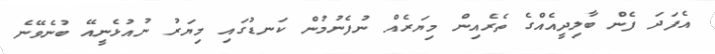
އެފަދަ ފެން ބާލިދީއެއްގެ ތެރެއިން މިޔަރެއް ނުފެނުމުން ކަނޑުގައި މިޔަރު ނުއުޅެނީއޭ ބުނެވޭނެ